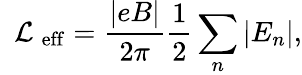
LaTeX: \mathrm{~\cal~L~}_{\mathrm{eff}}=\frac{|eB|}{2\pi}\frac{1}{2}\sum_{n}|E_{n}|,